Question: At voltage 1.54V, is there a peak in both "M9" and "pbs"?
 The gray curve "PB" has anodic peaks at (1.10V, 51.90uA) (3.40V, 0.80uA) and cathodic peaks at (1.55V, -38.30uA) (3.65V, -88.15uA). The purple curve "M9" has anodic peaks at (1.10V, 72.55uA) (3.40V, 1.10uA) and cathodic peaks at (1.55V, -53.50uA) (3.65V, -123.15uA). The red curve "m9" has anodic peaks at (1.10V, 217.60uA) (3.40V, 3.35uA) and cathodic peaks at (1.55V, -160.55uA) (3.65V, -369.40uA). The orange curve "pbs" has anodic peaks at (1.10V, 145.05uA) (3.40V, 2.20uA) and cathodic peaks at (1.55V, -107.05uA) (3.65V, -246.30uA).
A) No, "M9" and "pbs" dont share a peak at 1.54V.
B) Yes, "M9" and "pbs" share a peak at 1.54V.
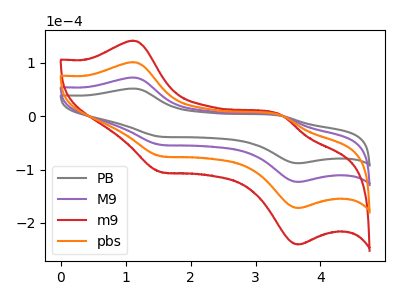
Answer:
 <answer>B) Yes, "M9" and "pbs" share a peak at 1.54V.</answer>
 <eval>B</eval>